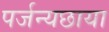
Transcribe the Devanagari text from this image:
पर्जन्यछाया